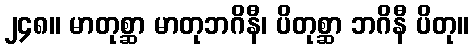
၂၄၈။ မာတုစ္ဆာ မာတုဘဂိနီ၊ ပိတုစ္ဆာ ဘဂိနီ ပိတု။